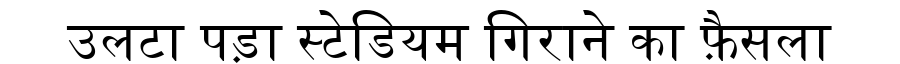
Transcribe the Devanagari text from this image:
उलटा पड़ा स्टेडियम गिराने का फ़ैसला